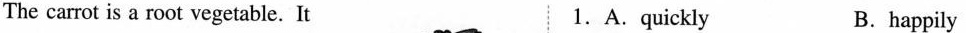
The carrot is a root vegetable.It 1.A.quickly B.happily